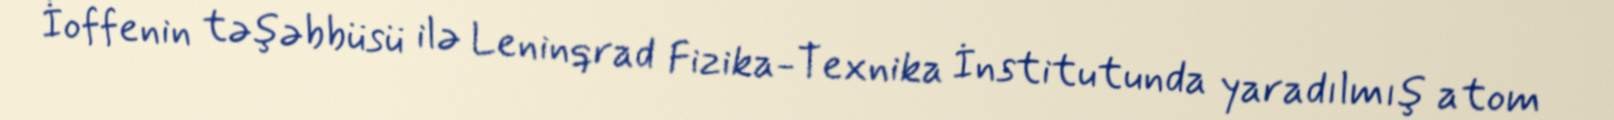
İoffenin təşəbbüsü ilə Leninqrad Fizika-Texnika İnstitutunda yaradılmış atom